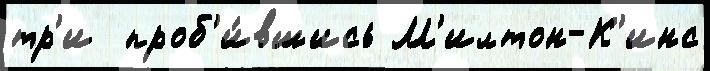
тр'и  проб'и́вшись М'илтон-К'инс